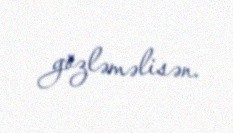
gözləməlisən.